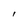
Character: I